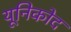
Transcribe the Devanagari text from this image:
यूनिकोद